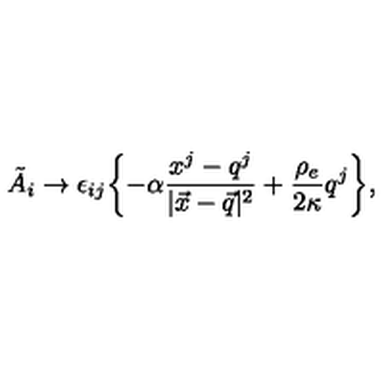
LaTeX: \tilde { A } _ { i } \rightarrow \epsilon _ { i j } \biggl \{ - \alpha \frac { x ^ { j } - q ^ { j } } { | \vec { x } - \vec { q } | ^ { 2 } } + \frac { \rho _ { e } } { 2 \kappa } q ^ { j } \biggr \} ,